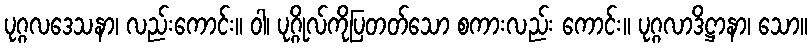
ပုဂ္ဂလဒေသနာ၊ လည်းကောင်း။ ဝါ၊ ပုဂ္ဂိုလ်ကိုပြတတ်သော စကားလည်း ကောင်း။ ပုဂ္ဂလာဒိဋ္ဌာနာ၊ သော။